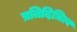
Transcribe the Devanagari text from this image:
प्रतिदिधित्व